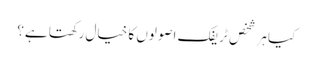
کیا ہر شخص ٹریفک اصولوں کا خیال رکھتا ہے؟